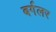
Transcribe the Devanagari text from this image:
बर्गलर